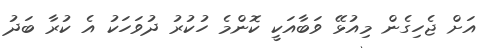
އަށް ޖެހިގެން މިއުޅޭ ވަބާއަކީ ކޮންމެ ހުކުރު ދުވަހަކު އެ ކުރާ ބަދު